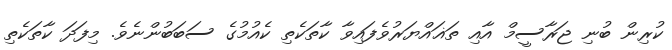
ކުރިން ބުނި ޖަރާސީމް އާއި ތަޣައްޔަރުވެފައިވާ ކާތަކެތި ކެއުމުގެ ސަބަބުންނެވެ. މިފަދަ ކާތަކެތި